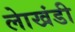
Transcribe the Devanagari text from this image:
लाेखंडी